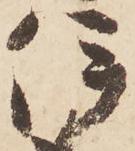
伊